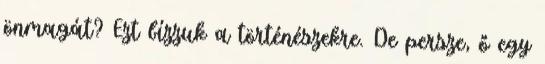
önmagát? Ezt bízzuk a történészekre. De persze, ő egy